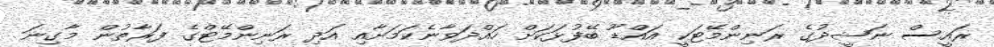
ރައީސް ނަޝީދުގެ ރަނިންމޭޓަކީ އައްޑޫ ބޭފުޅަކަށް ހައްދަވާނެކަމަށާއި އަދި ރަނިންމޭޓްގެ ފަރާތުން މާގިނަ